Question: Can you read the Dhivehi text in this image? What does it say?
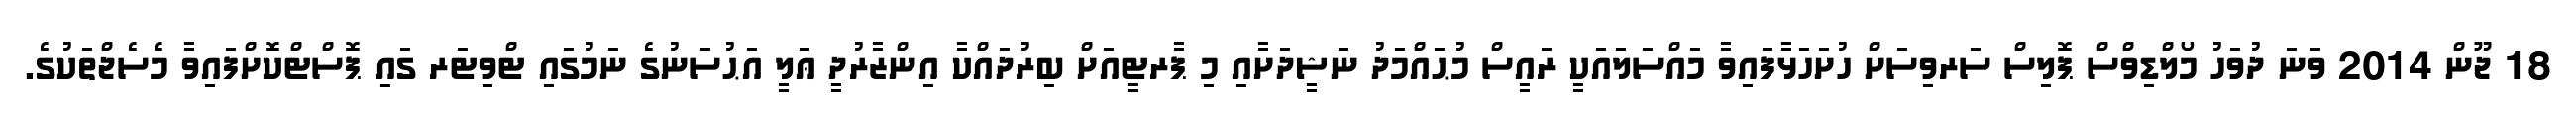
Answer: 18 ޖޫން 2014 ވަނަ ދުވަހު މޯލްޑިވްސް ޕޮލިސް ސަރވިސަށް ހުށަހަޅާފައިވާ މައްސަލައަކީ ރައީސް މުޙައްމަދު ނަޝީދަށާއި މި ޕާރޓީއަށް ބިރުދައްކާ އިންޒާރުދީ ޢަލީ އަޙުސަނުގެ ނަމުގައި ޓްވިޓަރ ގައި ޕޮސްޓްކޮށްފައިވާ މެސެޖްތަކުގެ.